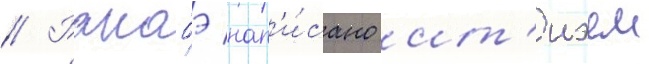
// Ранобэ нап'и́сано ит'иэем